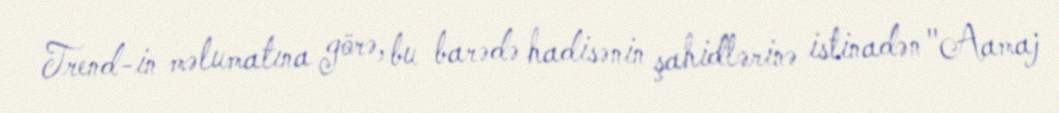
Trend-in məlumatına görə, bu barədə hadisənin şahidlərinə istinadən "Aamaj